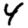
Digit: 4